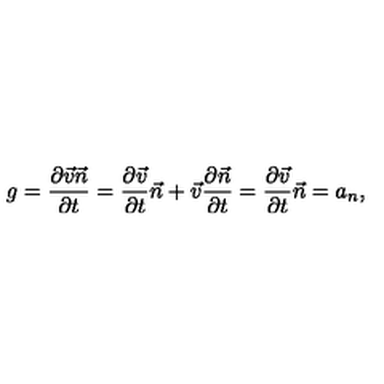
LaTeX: g = \frac { \partial \vec { v } \vec { n } } { \partial t } = \frac { \partial \vec { v } } { \partial t } \vec { n } + \vec { v } \frac { \partial \vec { n } } { \partial t } = \frac { \partial \vec { v } } { \partial t } \vec { n } = a _ { n } ,